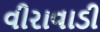
વીરાવાડી